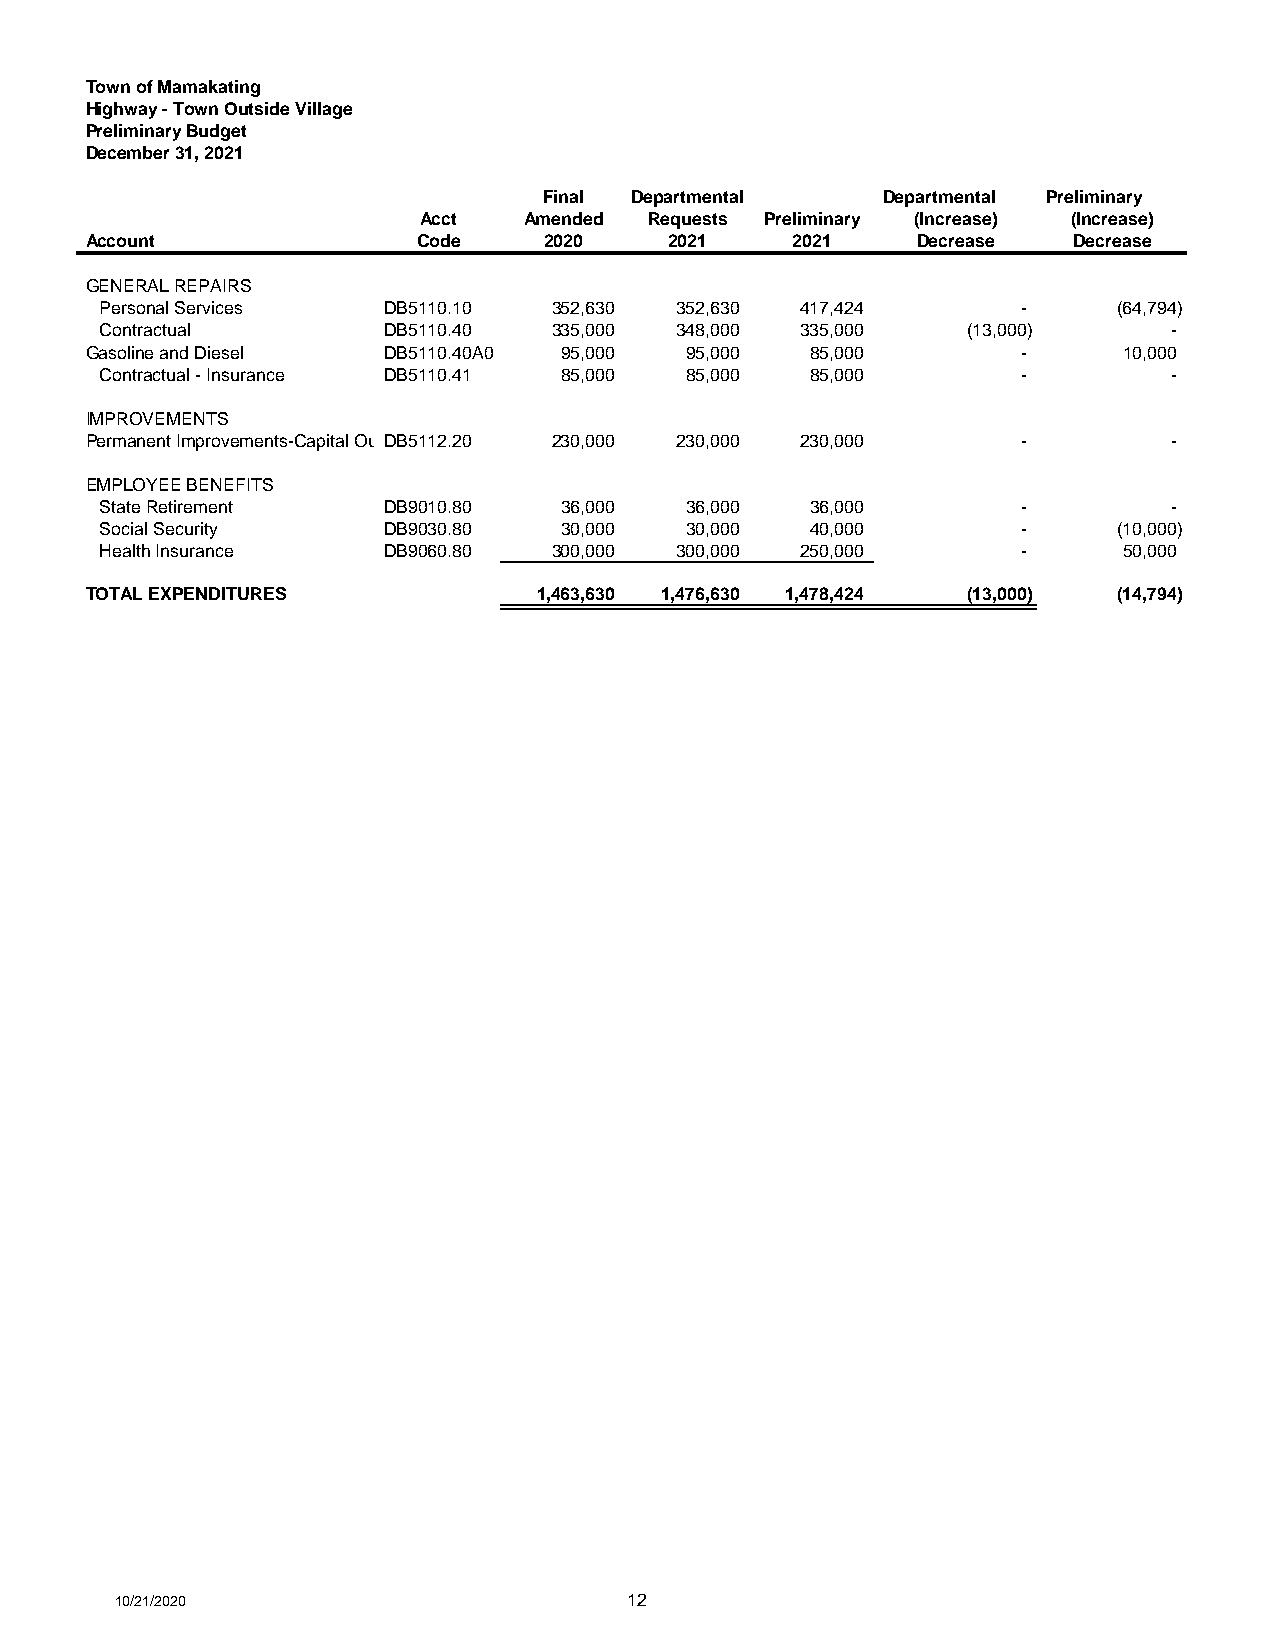
Town of Mamakating
 Highway - Town Outside Village
 Preliminary Budget
 December 31, 2021
 Final Departmental    Departmental Preliminary
 Acct   Amended Requests Preliminary (Increase) (Increase)
 Account               Code    2020    2021    2021     Decrease  Decrease
 GENERAL REPAIRS
 Personal Services DB5110.10   352,630 352,630 417,424        -     (64,794)
 Contractual       DB5110.40   335,000 348,000 335,000    ( 13,000)     -
 Gasoline and Diesel DB5110.40A0 95,000 95,000   85,000        -     10,000
 Contractual - Insurance DB5110.41 85,000 85,000 85,000       -         -
 IMPROVEMENTS
 Permanent Improvements-Capital OutlDayB5112.20 230,000 230,000 230,000 - -
 EMPLOYEE BENEFITS
 State Retirement  DB9010.80   36,000  36,000   36,000        -         -
 Social Security   DB9030.80   30,000  30,000   40,000        -     (10,000)
 Health Insurance  DB9060.80   300,000 300,000 250,000        -     50,000
 TOTAL EXPENDITURES            1,463,630 1,476,630 1,478,424 ( 13,000) (14,794)
 10/21/2020                        12